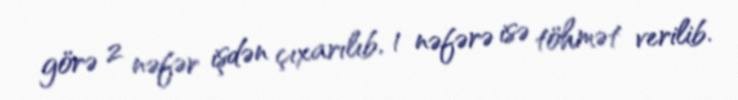
görə 2 nəfər işdən çıxarılıb, 1 nəfərə isə töhmət verilib.